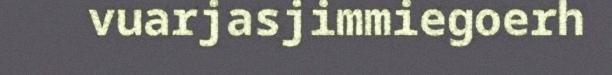
vuarjasjimmiegoerh